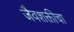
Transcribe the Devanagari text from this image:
जैवशक्तीचा